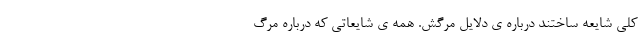
کلی شایعه ساختند درباره ی دلایل مرگش. همه ی شایعاتی که درباره مرگ